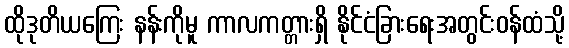
ထိုဒုတိယကြေး နန်းကိုမူ ကာလကတ္တားရှိ နိုင်ငံခြားရေးအတွင်းဝန်ထံသို့